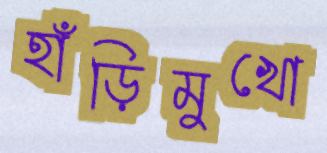
হাঁড়িমুখো